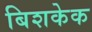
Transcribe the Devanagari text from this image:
बिशकेक